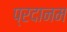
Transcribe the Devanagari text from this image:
प्रदानम